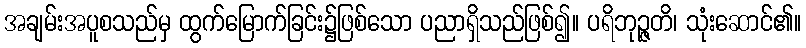
အချမ်းအပူစသည်မှ ထွက်မြောက်ခြင်း၌ဖြစ်သော ပညာရှိသည်ဖြစ်၍။ ပရိဘုဉ္ဇတိ၊ သုံးဆောင်၏။